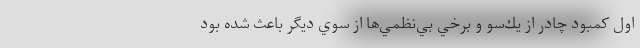
اول كمبود چادر از يك‌سو و برخي بي‌نظمي‌ها از سوي ديگر باعث شده بود